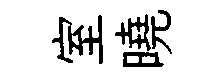
室曉